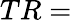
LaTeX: TR=